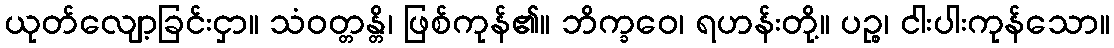
ယုတ်လျော့ခြင်းငှာ။ သံဝတ္တန္တိ၊ ဖြစ်ကုန်၏။ ဘိက္ခဝေ၊ ရဟန်းတို့။ ပဉ္စ၊ ငါးပါးကုန်သော။